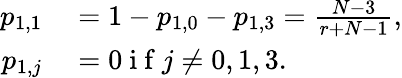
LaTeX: \begin{array}{rl}{p_{1,1}}&{{}=1-p_{1,0}-p_{1,3}=\frac{N-3}{r+N-1},}\\ {p_{1,j}}&{{}=0\mathrm{~i~f~}j\neq 0,1,3.}\end{array}